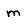
Character: m